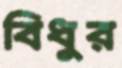
বিধুর